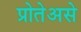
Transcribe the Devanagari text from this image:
प्रोतेअसे